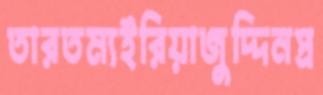
তারতম্যইরিয়াজুদ্দিনপ্র